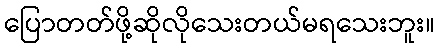
ပြောတတ်ဖို့ဆိုလိုသေးတယ်မရသေးဘူး။